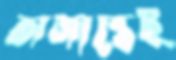
অজান্তেই